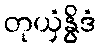
တုယှံနွိဒံ